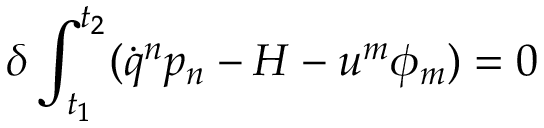
\delta \int _ { t _ { 1 } } ^ { t _ { 2 } } ( \dot { q } ^ { n } p _ { n } - H - u ^ { m } \phi _ { m } ) = 0